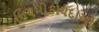
નિયમોકાયદાઓ